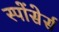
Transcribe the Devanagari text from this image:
स्पोंसेर्स